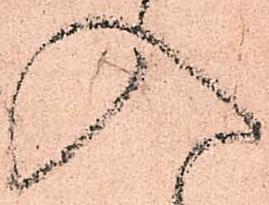
入